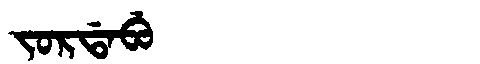
Manchu: ᠵᠣᡵᡩᠠᠪᡠ
Romanization: JORDABU